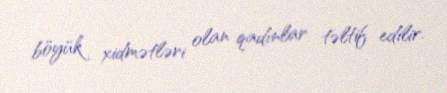
böyük xidmətləri olan qadınlar təltif edilir.